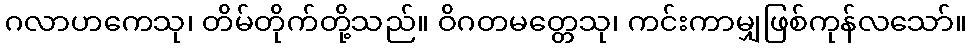
ဂလာဟကေသု၊ တိမ်တိုက်တို့သည်။ ဝိဂတမတ္တေသု၊ ကင်းကာမျှဖြစ်ကုန်လသော်။